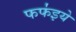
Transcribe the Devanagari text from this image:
फफ॑इये